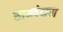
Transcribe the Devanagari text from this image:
सामवेदाचा